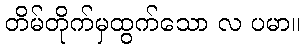
တိမ်တိုက်မှထွက်သော လ ပမာ။